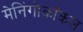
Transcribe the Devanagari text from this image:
मेनिंगोकॉकल